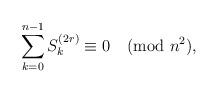
LaTeX: \begin{align*}\sum_{k=0}^{n-1}S_k^{(2r)}\equiv0\pmod{n^2},\end{align*}